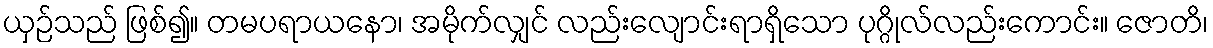
ယှဉ်သည် ဖြစ်၍။ တမပရာယနော၊ အမိုက်လျှင် လည်းလျောင်းရာရှိသော ပုဂ္ဂိုလ်လည်းကောင်း။ ဇောတိ၊